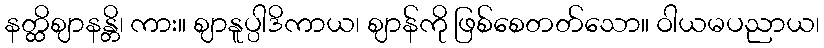
နတ္ထိဈာနန္တိ၊ ကား။ ဈာနူပ္ပါဒိကာယ၊ ဈာန်ကို ဖြစ်စေတတ်သော။ ဝါယမပညာယ၊